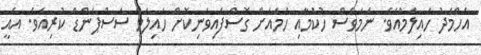
އަހްމަދު ހައިލަމްއެވެ. ނަމަވެސް ހުކުމާއި ހަމައަށް ގޮސްފައިވަނިކޮށް ހައިލަމް ސަސްޕެންޑް ކުރިއެވެ. އެއީ